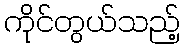
ကိုင်တွယ်သည့်